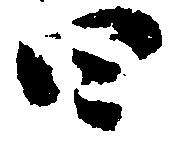
四